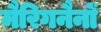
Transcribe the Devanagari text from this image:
मैरिगनैनों